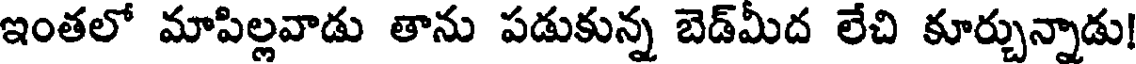
ఇంతలో మాపిల్లవాడు తాను పడుకున్న బెడ్మీద లేచి కూర్చున్నాడు